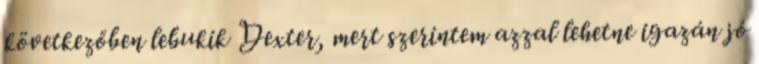
következőben lebukik Dexter, mert szerintem azzal lehetne igazán jó